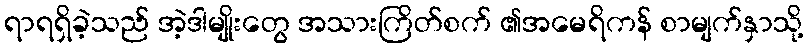
ရာရရှိခဲ့သည် အဲ့ဒါမျိုးတွေ အသားကြိတ်စက် ၏အမေရိကန် စာမျက်နှာသို့